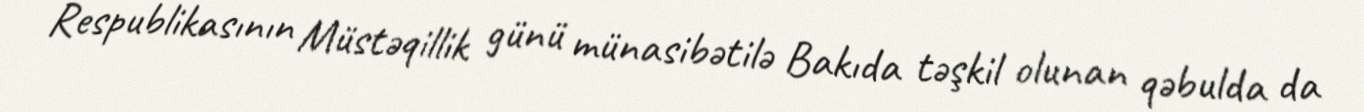
Respublikasının Müstəqillik günü münasibətilə Bakıda təşkil olunan qəbulda da